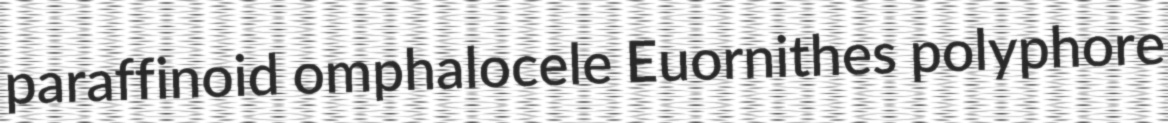
paraffinoid omphalocele Euornithes polyphore